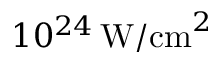
1 0 ^ { 2 4 } \, \mathrm { W / c m } ^ { 2 }